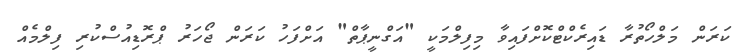
ކަރަން މަލްހޯތުރާ ޑައިރެކްޓްކޮށްފައިވާ މިފިލްމަކީ "އަގްނީޕާތް" އަށްފަހު ކަރަން ޖޯހަރު ޕްރޮޑިއުސްކުރި ފިލްމެއް